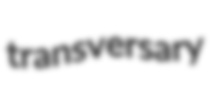
transversary